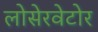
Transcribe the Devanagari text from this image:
लोसेरवेटोर